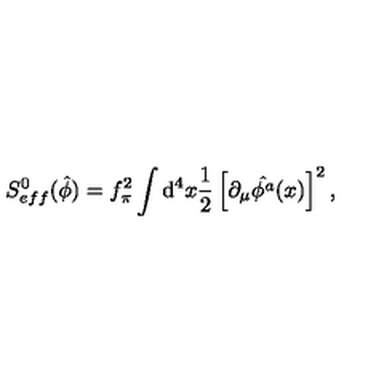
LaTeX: S _ { e f f } ^ { 0 } ( \hat { \phi } ) = f _ { \pi } ^ { 2 } \int \mathrm { d } ^ { 4 } x \frac { 1 } { 2 } \left[ \partial _ { \mu } \hat { \phi ^ { a } } ( x ) \right] ^ { 2 } ,